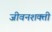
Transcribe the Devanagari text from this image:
जीवनशक्ती